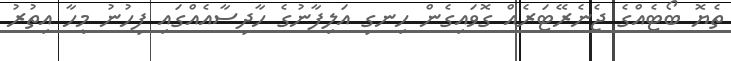
ތެޔޮ ބޯޓެއްގެ ޖެނެރޭޓަރެއް ގޮވައިގެން ހިނގި އަލިފާނުގެ ހާދިސާއެއްގައި ފިހުނު މީހާ އިތުރު